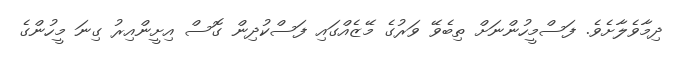
ދިމާވެލާށެވެ. ފަސްމީހުންނަށް ތިބެވޭ ވަރުގެ މޭޒެއްގައި ފަސްކުދިން ގޮސް އިށީންއިރު ގިނަ މީހުންގެ